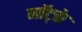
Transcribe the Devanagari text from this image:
नॉट्के